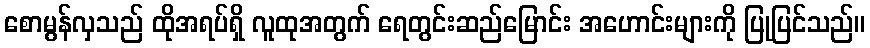
စောမွန်လှသည် ထိုအရပ်ရှိ လူထုအတွက် ရေတွင်းဆည်မြောင်း အဟောင်းများကို ပြုပြင်သည်။